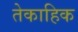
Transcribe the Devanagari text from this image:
तेकाहिक